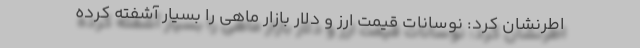
اطرنشان کرد: نوسانات قیمت ارز و دلار بازار ماهی را بسیار آشفته کرده